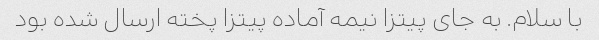
با سلام. به جای پیتزا نیمه آماده پیتزا پخته ارسال شده بود